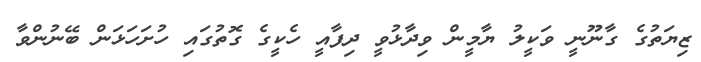
ޒިޔަތުގެ ގާނޫނީ ވަކީލު ޔާމީން ވިދާޅުވީ ދިފާއީ ހެކީގެ ގޮތުގައި ހުށަހަޅަން ބޭނުންވާ